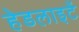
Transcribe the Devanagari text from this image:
हेडलाइटें